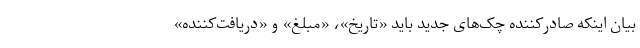
بیان اینکه صادرکننده چک‌های جدید باید «تاریخ»، «مبلغ» و «دریافت‌کننده»